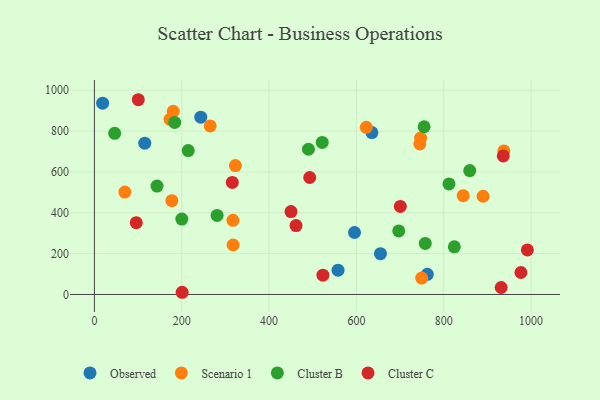
{"axis": {"x": "Study Hours", "y": "Yield"}, "legend": ["Cluster B", "Cluster C", "Observed", "Scenario 1"], "data": [{"x": "762.4", "y": 98.7, "type": "Observed"}, {"x": "595.7", "y": 303.6, "type": "Observed"}, {"x": "115.3", "y": 740.7, "type": "Observed"}, {"x": "18.8", "y": 936.9, "type": "Observed"}, {"x": "558.0", "y": 118.8, "type": "Observed"}, {"x": "635.5", "y": 792.8, "type": "Observed"}, {"x": "655.1", "y": 199.8, "type": "Observed"}, {"x": "243.6", "y": 868.4, "type": "Observed"}, {"x": "317.7", "y": 242.2, "type": "Scenario 1"}, {"x": "747.1", "y": 766.1, "type": "Scenario 1"}, {"x": "317.3", "y": 363.1, "type": "Scenario 1"}, {"x": "749.6", "y": 80.5, "type": "Scenario 1"}, {"x": "745.3", "y": 737.3, "type": "Scenario 1"}, {"x": "180.6", "y": 896.9, "type": "Scenario 1"}, {"x": "937.8", "y": 703.0, "type": "Scenario 1"}, {"x": "844.6", "y": 483.8, "type": "Scenario 1"}, {"x": "890.1", "y": 480.9, "type": "Scenario 1"}, {"x": "265.1", "y": 825.2, "type": "Scenario 1"}, {"x": "322.9", "y": 631.1, "type": "Scenario 1"}, {"x": "173.2", "y": 857.1, "type": "Scenario 1"}, {"x": "69.7", "y": 501.5, "type": "Scenario 1"}, {"x": "177.4", "y": 459.3, "type": "Scenario 1"}, {"x": "622.7", "y": 818.6, "type": "Scenario 1"}, {"x": "697.0", "y": 311.4, "type": "Cluster B"}, {"x": "214.8", "y": 704.7, "type": "Cluster B"}, {"x": "46.4", "y": 788.9, "type": "Cluster B"}, {"x": "757.7", "y": 249.8, "type": "Cluster B"}, {"x": "281.0", "y": 386.9, "type": "Cluster B"}, {"x": "812.0", "y": 541.5, "type": "Cluster B"}, {"x": "200.2", "y": 369.3, "type": "Cluster B"}, {"x": "183.9", "y": 842.6, "type": "Cluster B"}, {"x": "859.6", "y": 606.8, "type": "Cluster B"}, {"x": "824.3", "y": 233.3, "type": "Cluster B"}, {"x": "143.4", "y": 531.0, "type": "Cluster B"}, {"x": "490.2", "y": 711.2, "type": "Cluster B"}, {"x": "755.1", "y": 821.2, "type": "Cluster B"}, {"x": "521.8", "y": 744.6, "type": "Cluster B"}, {"x": "700.6", "y": 431.1, "type": "Cluster C"}, {"x": "461.8", "y": 337.6, "type": "Cluster C"}, {"x": "991.6", "y": 218.1, "type": "Cluster C"}, {"x": "200.9", "y": 10.8, "type": "Cluster C"}, {"x": "493.1", "y": 572.7, "type": "Cluster C"}, {"x": "450.2", "y": 405.8, "type": "Cluster C"}, {"x": "315.8", "y": 548.6, "type": "Cluster C"}, {"x": "95.8", "y": 351.7, "type": "Cluster C"}, {"x": "936.4", "y": 678.2, "type": "Cluster C"}, {"x": "523.3", "y": 94.6, "type": "Cluster C"}, {"x": "931.6", "y": 34.2, "type": "Cluster C"}, {"x": "976.8", "y": 107.7, "type": "Cluster C"}, {"x": "100.5", "y": 953.6, "type": "Cluster C"}]}